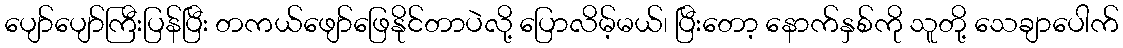
ပျော်ပျော်ကြီးပြန်ပြီး တကယ်ဖျော်ဖြေနိုင်တာပဲလို့ ပြောလိမ့်မယ်၊ ပြီးတော့ နောက်နှစ်ကို သူတို့ သေချာပေါက်